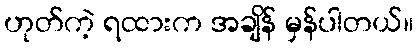
ဟုတ်ကဲ့ ရထားက အချိန် မှန်ပါတယ်။